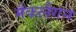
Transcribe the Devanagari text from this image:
मैकलैगन